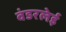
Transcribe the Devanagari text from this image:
वंडरलेई